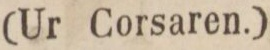
(Ur Corsaren.)